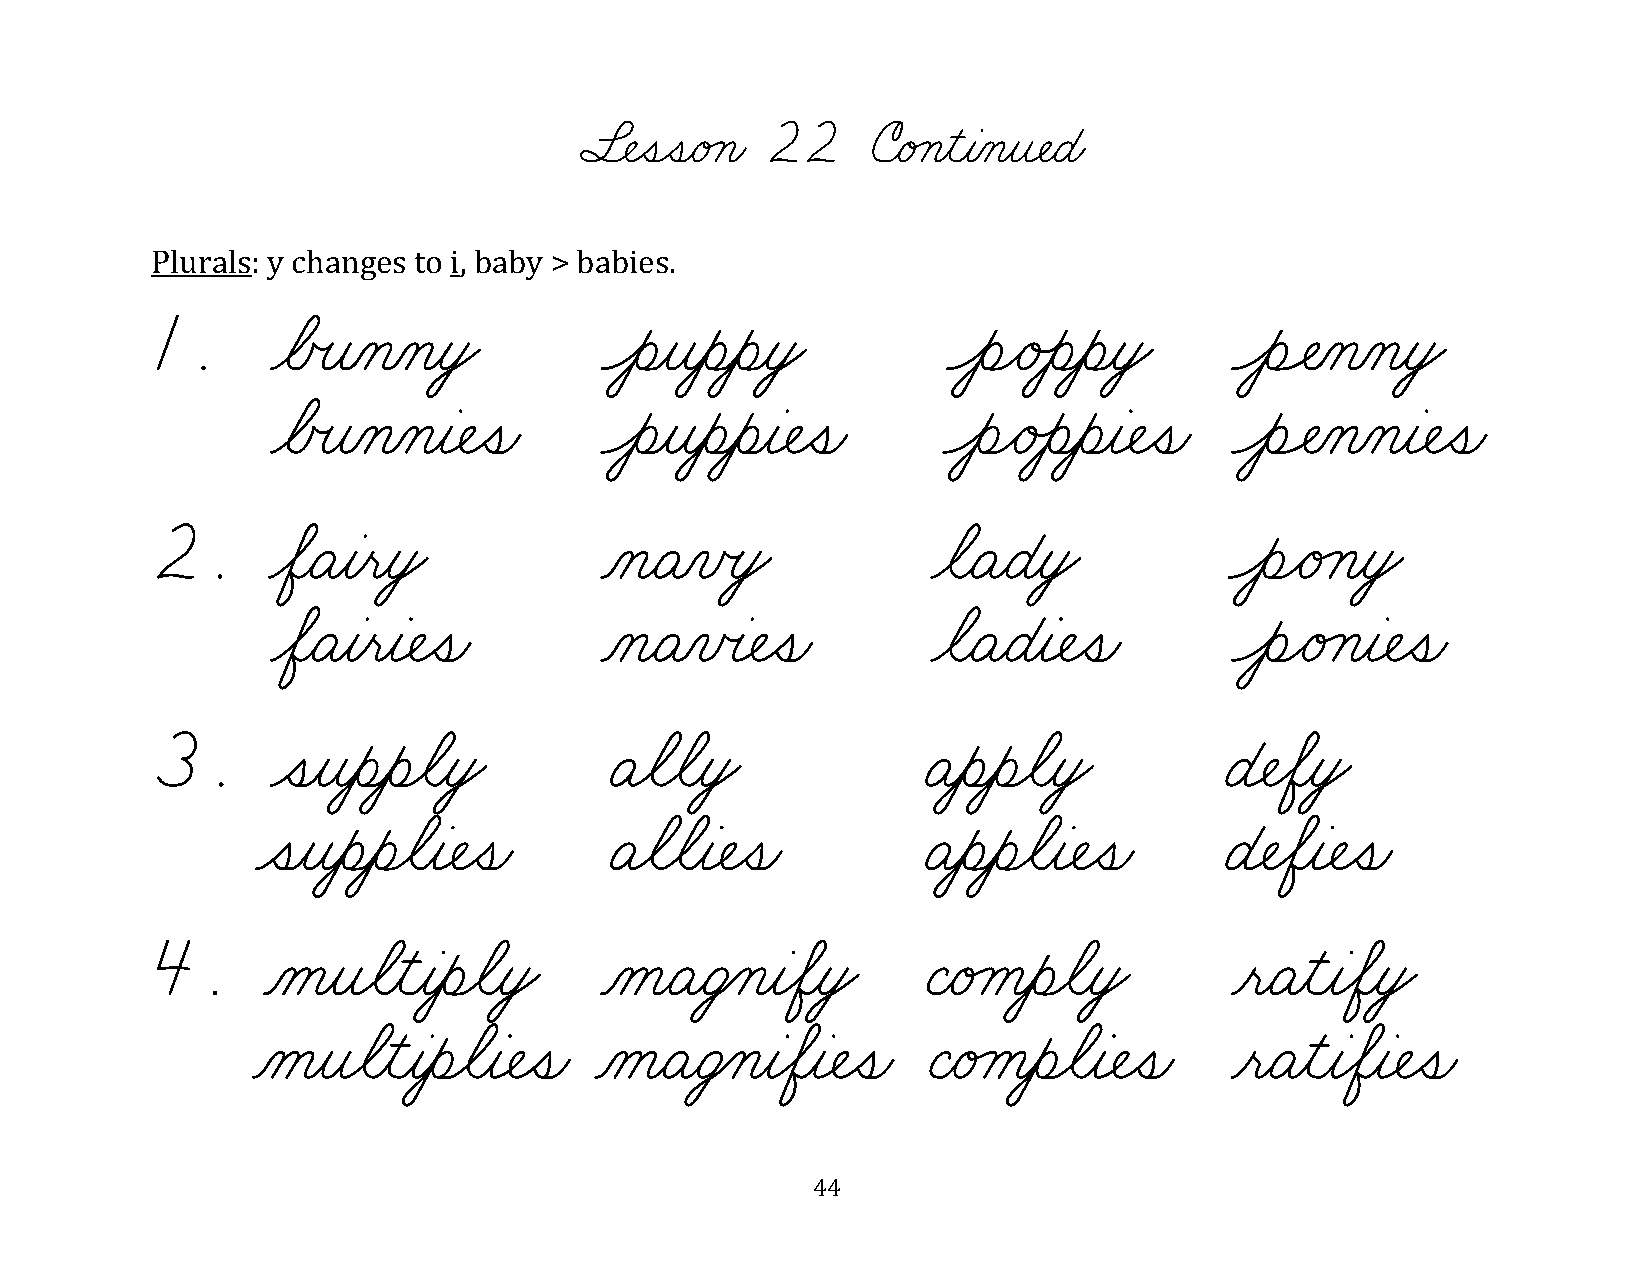
§¬ÑˆíˆíæéÁçæ 22     úæéÁçƒìƒàÀçƒî¬ÑæÉæ
 Plurals: y changes to i, baby > babies.
 1.      øÅœîÀçÀçƒòŸ           ÔèƒîƒèƒèƒòŸ            ÔèÌéÙèƒèƒòŸ        ÔèÓÑÀçÀçƒòŸ
 øÅœîÀçÀçƒà¬Ñˆíæ       Ôèƒîƒèƒèƒà¬Ñˆíæ       ÔèÌéÙèƒèƒà¬Ñˆíæ     ÔèÓÑÀçÀçƒà¬Ñˆíæ
 2.      øÖæÄƒàƒëƒòŸ           ÀçæÄÀïœòŸ             øãæÄæÉƒòŸ          ÔèÌéÁçƒòŸ
 øÖæÄƒàƒëƒà¬Ñˆíæ       ÀçæÄÀïœà¬Ñˆíæ         øãæÄæÉƒà¬Ñˆíæ       ÔèÌéÁçƒà¬Ñˆíæ
 3.      ˆíƒîƒèƒèøãƒòŸ         ÄøãøãƒòŸ             ÄƒèƒèøãƒòŸ          É¬ÑøÖƒòŸ
 ˆíƒîƒèƒèøãƒà¬Ñˆíæ      Äøãøãƒà¬Ñˆíæ         Äƒèƒèøãƒà¬Ñˆíæ      É¬ÑøÖƒà¬Ñˆíæ
 4.     ÀåƒîøãƒìƒàƒèøãƒòŸ      ÀåæÄæÜ‚çƒàøÖƒòŸ      ÇæéÁåƒèøãƒòŸ         ƒëæÄƒìƒàøÖƒòŸ
 Àåƒîøãƒìƒàƒèøãƒà¬Ñˆíæ ÀåæÄæÜ‚çƒàøÖƒà¬Ñˆíæ   ÇæéÁåƒèøãƒà¬Ñˆíæ     ƒëæÄƒìƒàøÖƒà¬Ñˆíæ
 44